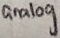
Text: analog